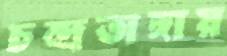
চন্দ্রভাঙ্গায়